King Institute of Preventive Medicine Micro-Biological Section reports 1912-19
Year: 1912
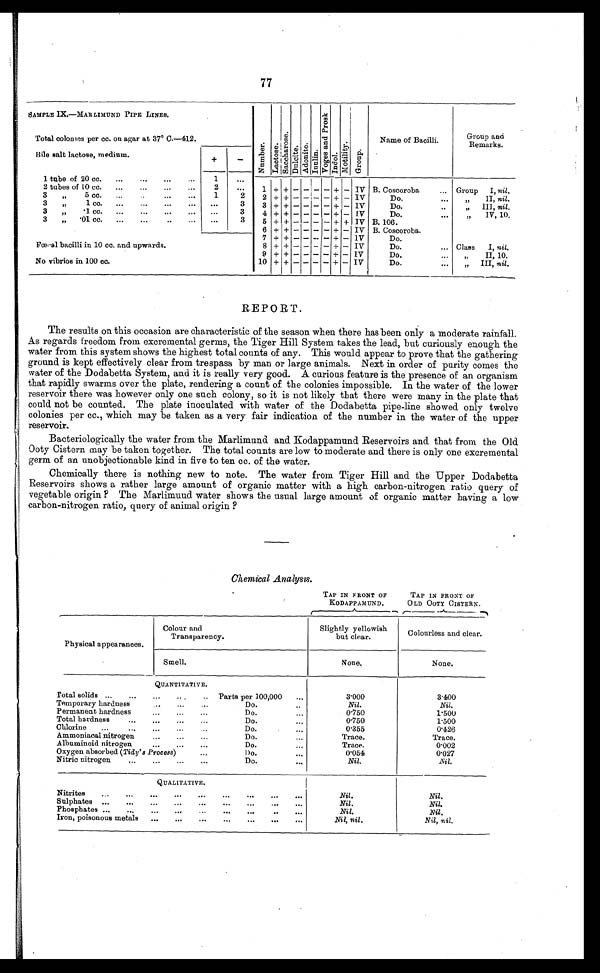
SAMPLE IX.—MARLIMUND PIPE LINES.
N u m b e r s .
L a c t o s e .
S a c c h a r o s e .
D n l c i t e . Adoni t e .
I n u l i n .
V o g e s a n d p r o s k .
I n d o l .
M o t i l i t y .
Gr o u p .
Name of Bacilli.
Group and
Remark
s.
Total colonies per cc. on agar at 37° C.—412.
Bile salt lactose, medium.
+
-
1 tube of 20 cc.
...
. . .
. . .
. . . 1
. . .
1
+ + - - - - + - IV B. Coscoroba
... Group 1, nil.
2 tubes of 1.0 cc.
. . .
....
. . .
. . .
2
. . .
3
5 cc.
...
..
. . .
. . .
1
2
2
+ + - -
- - + - IV
Do.
...
„
II, nil.
3
1cc.
. . .
. . .
. . .
. . .
. . .
3
3
+ + - -
- - + - IV
Do. . . .
,,
III, nil.
3
„'1cc. .
...
...
....
...
...
3
4
+ + - -
- - + - IV
Do.
...
„
IV, 10.
3
„
'01 cc.
...
...
..
...
...
3
5
+ + - -
- - + - IV B. 106.
...
6
+ + - -
- - + - IV B. Coscoroba.
Fæcal bacilli in 10 cc. and upwards.
No vibrios in 100 cc.
7
+ + - -
- - + - 1V
Do.
8
+ + - -
- - + - IV
Do.
... Class
I, nil.
9
+ + - -
- - + - IV
Do.... ,,
I I , 1 0 .
10
+ + -
-
-
-
-
+ - IV
Do. . . .
" I I I ,
n i l .
REPORT.
The results on this occasion are characteristic of the season when there has been only a moderate rainfall.
As regards freedom from excremental germs, the Tiger Hill System takes the lead, but curiously enough the
water from this system shows the highest total counts of any. This would appear to prove that the gathering
ground is kept effectively clear from trespass by man or large animals. Next in order of purity comes the
water of the Dodabetta System, and it is really very good. A curious feature is the presence of an organism
that rapidly swarms over the plate, rendering a count of the colonies impossible. In the water of the lower
reservoir there was however only one such colony, so it is not likely that there were many in the plate that
could not be counted. The plate inoculated with water of the Dodabetta pipe-line showed only twelve
colonies per cc., which may be taken as a very fair indication of the number in the water of the upper
reservoir.
Bacteriologically the water from the Marlimund and Kodappamund Reservoirs and that from the Old
Ooty Cistern may be taken together. The total counts are low to moderate and there is only one excremental
germ of an unobjectionable kind in five to ten cc. of the water.
Chemically there is nothing new to note. The water from Tiger Hill and the Upper Dodabetta
Reservoirs shows a rather large amount of organic matter with a high carbon-nitrogen ratio query of
vegetable origin ? The Marlimuud water shows the usual large amount of organic matter having a low
carbon-nitrogen ratio, query of animal origin ?
Chemical Analysis.
TAP IN FRONT OF
KODAPPAMUND.
TAP IN FRONT OF
OLD OOTY CISTERN.
Physical appearances.
Colour and
Transparency.
Slightly yellowish
but clear.
Colourless and clear.
Smell.
None.
None.
QUANTITATIVE.
3'000
3'400
Total solids ... ... ...
...
... Parts per 100,000
...
Temporary hardness
...
...
Do
..
N i l .
Nil.
Permanent hardness
...
. . .
...
Do
...
0 ' 7 5 0
1'500
Total hardness
...
...
...
...
Do
...
0 ' 7 5 0
1.500
Chlorine
...
...
...
Do
...
0 ' 3 5 5
0'426
Ammoniacal nitrogen
...
...
...
Do
...
T r a c e .
Trace.
Albuminoid nitrogen
...
...
...
Do
...
T r a c e .
0'002
Oxygen absorbed (Tidy' s Process)
1)o
. . .
0'054
0'027
Nitric nitrogen
...
...
...
...
Do.
...
Nil.
NIl.
QUALITATIVE.
Nitrites
...
...
...
...
...
...
. . .
. . .
. . .
Nil.
Nil.
Sulphates ...
...
...
...
...
...
...
...
...
Nil.
Nil.
Phosphates ...
...
...
...
. . .
. . .
..
. . .
Nil.
Nil.
Iron, poisonous metals
...
...
...
...
...
...
...
Nil, nil.
Nil, nil.